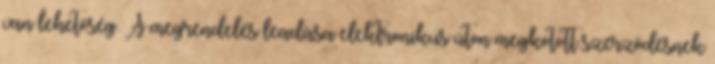
van lehetőség. A megrendelés leadása elektronikus úton megkötött szerződésnek